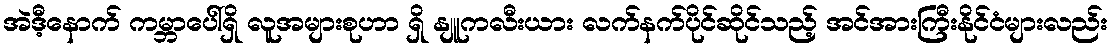
အဲဒီ့နောက် ကမ္ဘာပေါ်ရှိ လူအများစုဟာ ရှိ နျူကလီးယား လက်နက်ပိုင်ဆိုင်သည့် အင်အားကြီးနိုင်ငံများလည်း